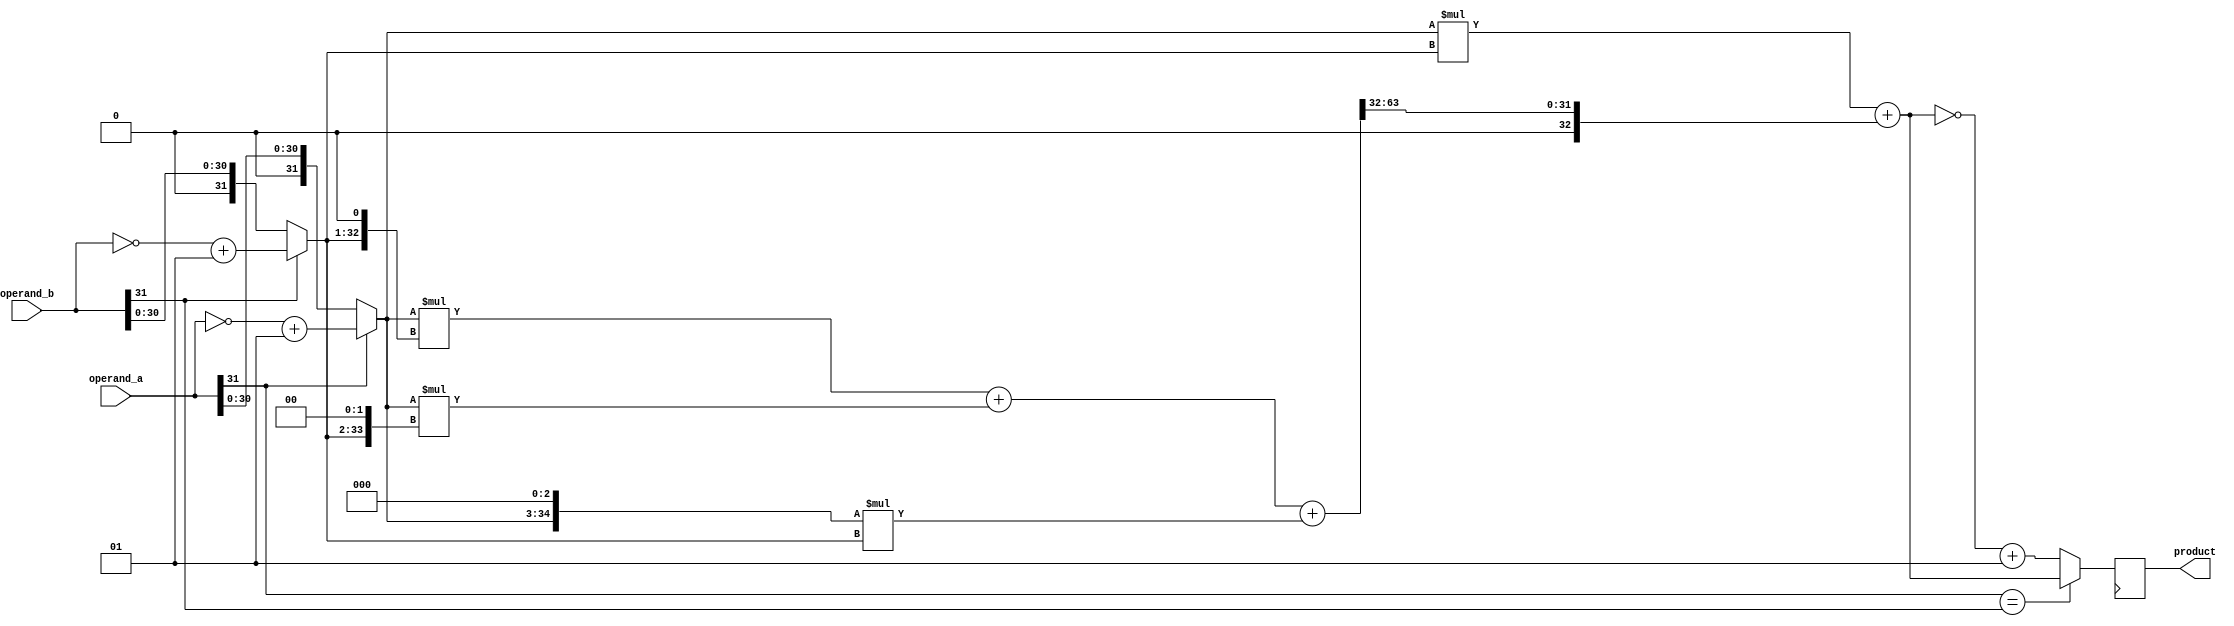
module baugh_wooley_multiplier(
    input signed [31:0] operand_a,
    input signed [31:0] operand_b,
    output signed [63:0] product
);

reg signed [31:0] a_negative, b_negative;
reg signed [31:0] a_abs, b_abs;
reg signed [63:0] partial_product[3:0];
reg signed [63:0] final_partial_product;

always @ (posedge clk) begin
    a_negative = ~operand_a + 1;
    b_negative = ~operand_b + 1;
    
    a_abs = (operand_a[31] == 1) ? a_negative : operand_a;
    b_abs = (operand_b[31] == 1) ? b_negative : operand_b;
    
    partial_product[0] = a_abs * b_abs;
    partial_product[1] = a_abs * (b_abs << 1);
    partial_product[2] = a_abs * (b_abs << 2);
    partial_product[3] = (a_abs << 3) * b_abs;
    
    final_partial_product = partial_product[0] + ((partial_product[1] + partial_product[2] + partial_product[3]) >> 32);
    
    product = (operand_a[31] == operand_b[31]) ? final_partial_product : ~final_partial_product + 1;
end

endmodule